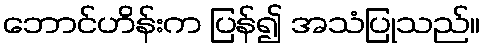
ဘောင်ဟိန်းက ပြန်၍ အသံပြုသည်။